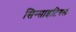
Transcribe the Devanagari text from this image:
सिन्साइटियल